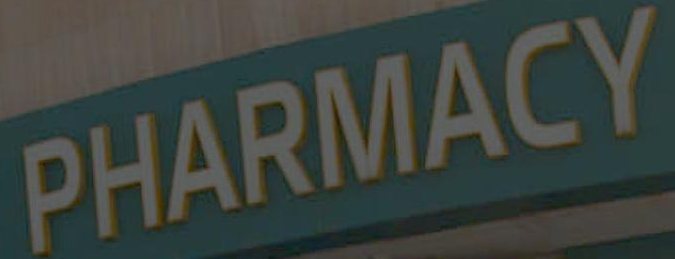
PHARMACY